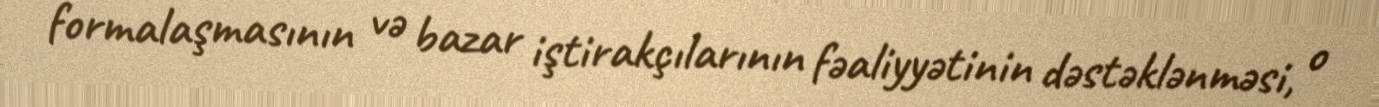
formalaşmasının və bazar iştirakçılarının fəaliyyətinin dəstəklənməsi, o